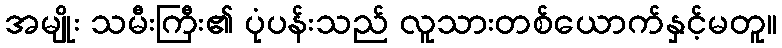
အမျိုး သမီးကြီး၏ ပုံပန်းသည် လူသားတစ်ယောက်နှင့်မတူ။